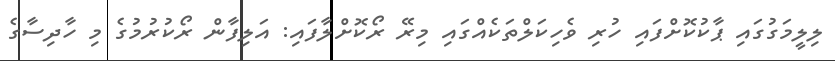
ލިލީމަގުގައި ޕާކުކޮށްފައި ހުރި ވެހިކަލްތަކެއްގައި މިރޭ ރޯކޮށްލާފައި: އަލިފާން ރޯކުރުމުގެ މި ހާދިސާގެ